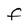
Character: F